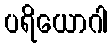
ပရိယောဂါ